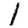
Digit: 1